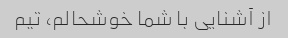
از آشنایی با شما خوشحالم، تیم